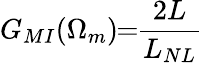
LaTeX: G_{MI}(\Omega_{m})\! \! =\! \! \frac{2L}{L_{NL}}